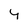
Character: y